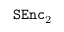
\mathtt { S E n c } _ { 2 }